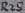
Text: R25